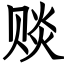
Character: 赕